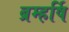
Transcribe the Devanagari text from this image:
ब्रम्हर्षि